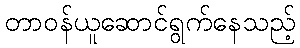
တာဝန်ယူဆောင်ရွက်နေသည့်